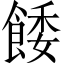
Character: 餧